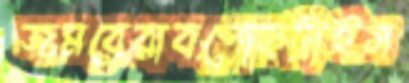
জমবেরাবপোড়ট্রাইস